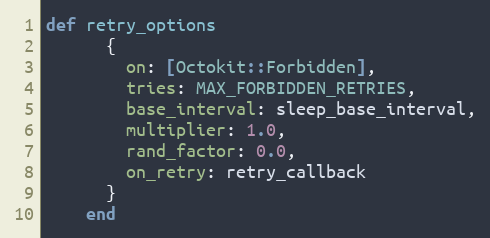
Language: Ruby
def retry_options
      {
        on: [Octokit::Forbidden],
        tries: MAX_FORBIDDEN_RETRIES,
        base_interval: sleep_base_interval,
        multiplier: 1.0,
        rand_factor: 0.0,
        on_retry: retry_callback
      }
    end